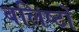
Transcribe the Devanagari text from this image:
बलिष्टों